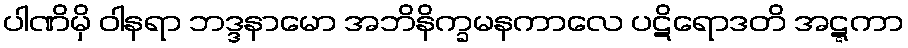
ပါဏိမှိ ဝါနရာ ဘဒ္ဒနာမော အဘိနိက္ခမနကာလေ ပဋိရောဒတိ အဋ္ဋကာ